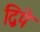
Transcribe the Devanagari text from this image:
द्विपे